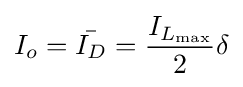
I_{o}={\bar {I_{D}}}={\frac {I_{L_{\text{max}}}}{2}}\delta